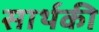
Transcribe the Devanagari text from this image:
सार्थकी